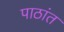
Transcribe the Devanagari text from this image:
पाठांत